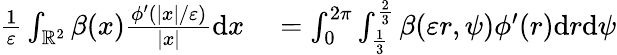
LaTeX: \begin{array}{rl}{\frac{1}{\varepsilon}\int_{\mathbb{R}^{2}}\beta(x)\frac{\phi^{\prime}(|x|/\varepsilon)}{|x|}\textrm{d}x}&{{}=\int_{0}^{2\pi}\int_{\frac{1}{3}}^{\frac{2}{3}}\beta(\varepsilon r,\psi)\phi^{\prime}(r)\textrm{d}r\textrm{d}\psi}\end{array}